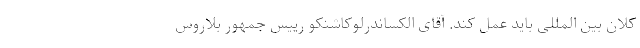
کلان بین­ المللی باید عمل کند. آقای الکساندرلوکاشنکو رییس جمهور بلاروس